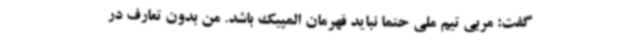
گفت: مربی تیم ملی حتما نباید قهرمان المپیک باشد. من بدون تعارف در